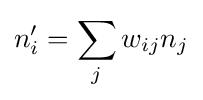
n'_{i}=\sum _{j}w_{ij}n_{j}